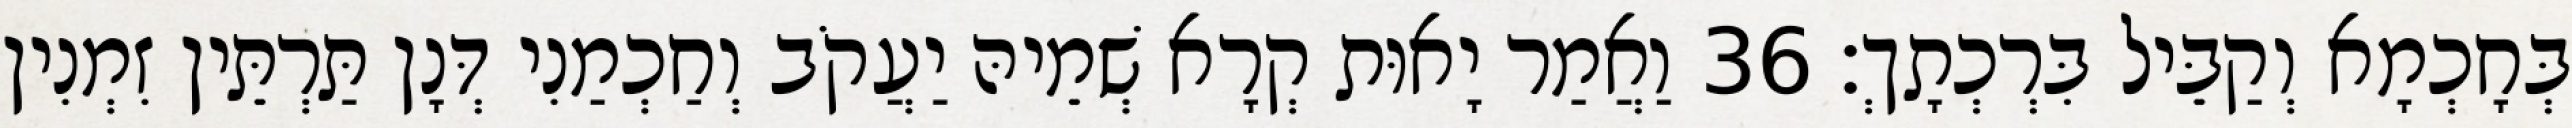
בְּחָכְמָא וְקַבֵּיל בִּרְכְתָךְ׃ 36 וַאֲמַר יָאוּת קְרָא שְׁמֵיהּ יַעֲקֹב וְחַכְמַנִי דְּנָן תַּרְתֵּין זִמְנִין